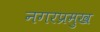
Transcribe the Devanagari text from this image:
नगरप्रमुख